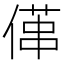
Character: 𠍔